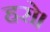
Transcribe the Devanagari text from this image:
हरो।